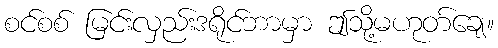
စင်စစ် မြင်းလှည်းဒရိုင်ဘာမှာ ဤသို့မဟုတ်ချေ။